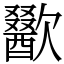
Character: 歠